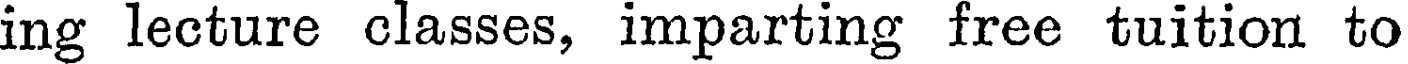
ing lecture classes, imparting free tuition to